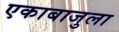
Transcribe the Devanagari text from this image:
एकाबाजुला